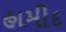
હામીદ